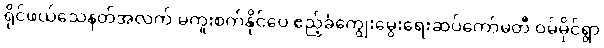
ရိုင်ဖယ်သေနတ်အလက် မကူးစက်နိုင်ပေ ဧည့်ခံကျွေးမွေးရေးဆပ်ကော်မတီ ဝမ်မိုင်ရွာ